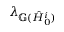
\lambda _ { \mathbb { G } ( \hat { H } _ { 0 } ^ { i } ) }